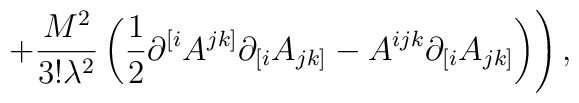
\left. +\frac{M^2}{3!\lambda ^2}\left( \frac 12\partial^{[i}A^{jk]}\partial _{[i}A_{jk]}-A^{ijk}\partial _{[i}A_{jk]}\right)\right) ,